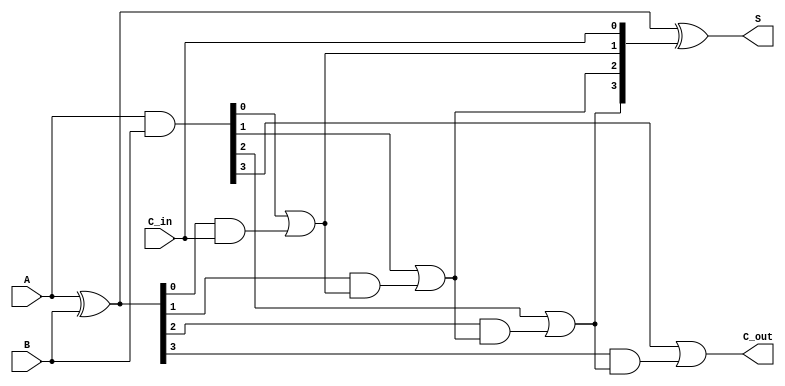
module CLA_4bit (
    input [3:0] A,      // 4-bit input A
    input [3:0] B,      // 4-bit input B
    input C_in,         // Carry-in
    output [3:0] S,     // 4-bit Sum output
    output C_out        // Carry-out
);

    wire [3:0] G;       // Generate signals
    wire [3:0] P;       // Propagate signals
    wire [4:0] C;       // Carry signals (C[0] = C_in)

    // Generate and Propagate calculations for each bit
    assign G = A & B;             // G[i] = A[i] & B[i]
    assign P = A ^ B;             // P[i] = A[i] ^ B[i]

    // Carry Lookahead Logic
    assign C[0] = C_in;           // C[0] is the input carry
    assign C[1] = G[0] | (P[0] & C[0]); // C[1] = G[0] + (P[0] & C[0])
    assign C[2] = G[1] | (P[1] & C[1]); // C[2] = G[1] + (P[1] & C[1])
    assign C[3] = G[2] | (P[2] & C[2]); // C[3] = G[2] + (P[2] & C[2])
    assign C[4] = G[3] | (P[3] & C[3]); // C[4] = G[3] + (P[3] & C[3])

    // Sum calculation
    assign S = P ^ C[3:0]; // S[i] = P[i] ^ C[i]

    // Carry-out
    assign C_out = C[4]; // Final carry-out

endmodule